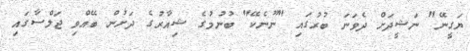
ޔަގީނޭ" ނަޝީދަށް ދެވަނަ ބުރުގައި "ނޫނެކޭ" ބުނުމުގެ ޝިއާރުގެ ދަށުން ބޭއްވި ޖަލްސާގައި